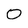
Character: 0